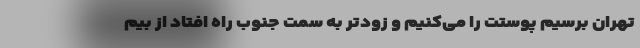
تهران برسیم پوستت را می‌کنیم و زودتر به سمت جنوب راه افتاد از بیم